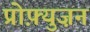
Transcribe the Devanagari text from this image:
प्रोफ़्युज़न